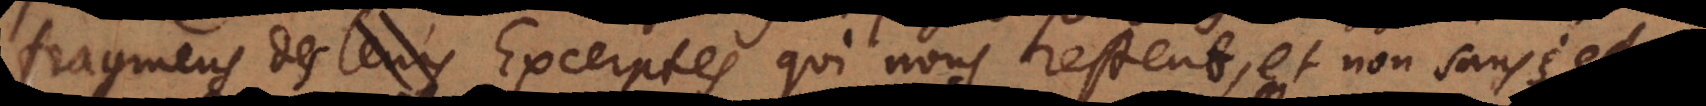
fragmens des Excerptes qui nous restent, et non sans